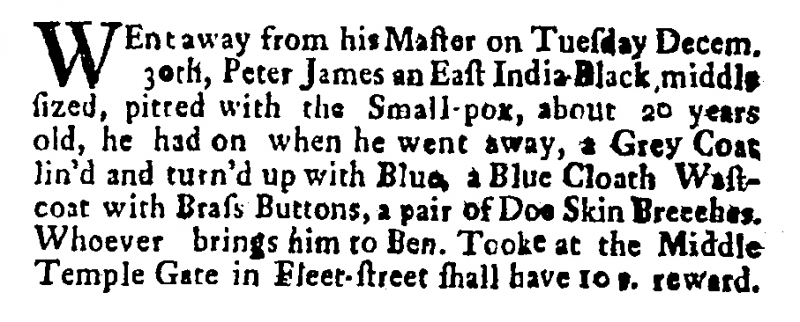
Post Man and the Historical Account, 8 January 1702 (England)
WEnt away from his Master on Tuesday Decem. 30th, Peter James an East India Black, middle sized, pitted with the Small-pox, about 20 years old, he had on when he went away, a Grey Coat lin’d and turn’d up with Blue, a Blue Cloath Wastcoat with Brass Buttons, a pair of Doe Skin Breeches. Whoever brings him to Ben. Tooke at the Middle Temple Gate in Fleet-street shall have 10 s. reward.